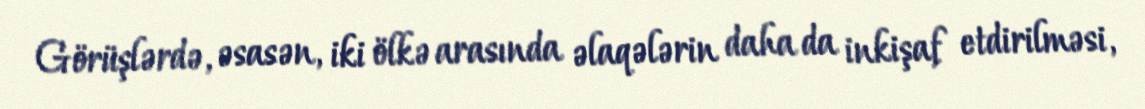
Görüşlərdə, əsasən, iki ölkə arasında əlaqələrin daha da inkişaf etdirilməsi,